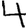
Digit: 4